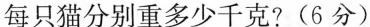
每只猫分别重多少千克? (6分)